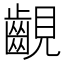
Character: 𧢟